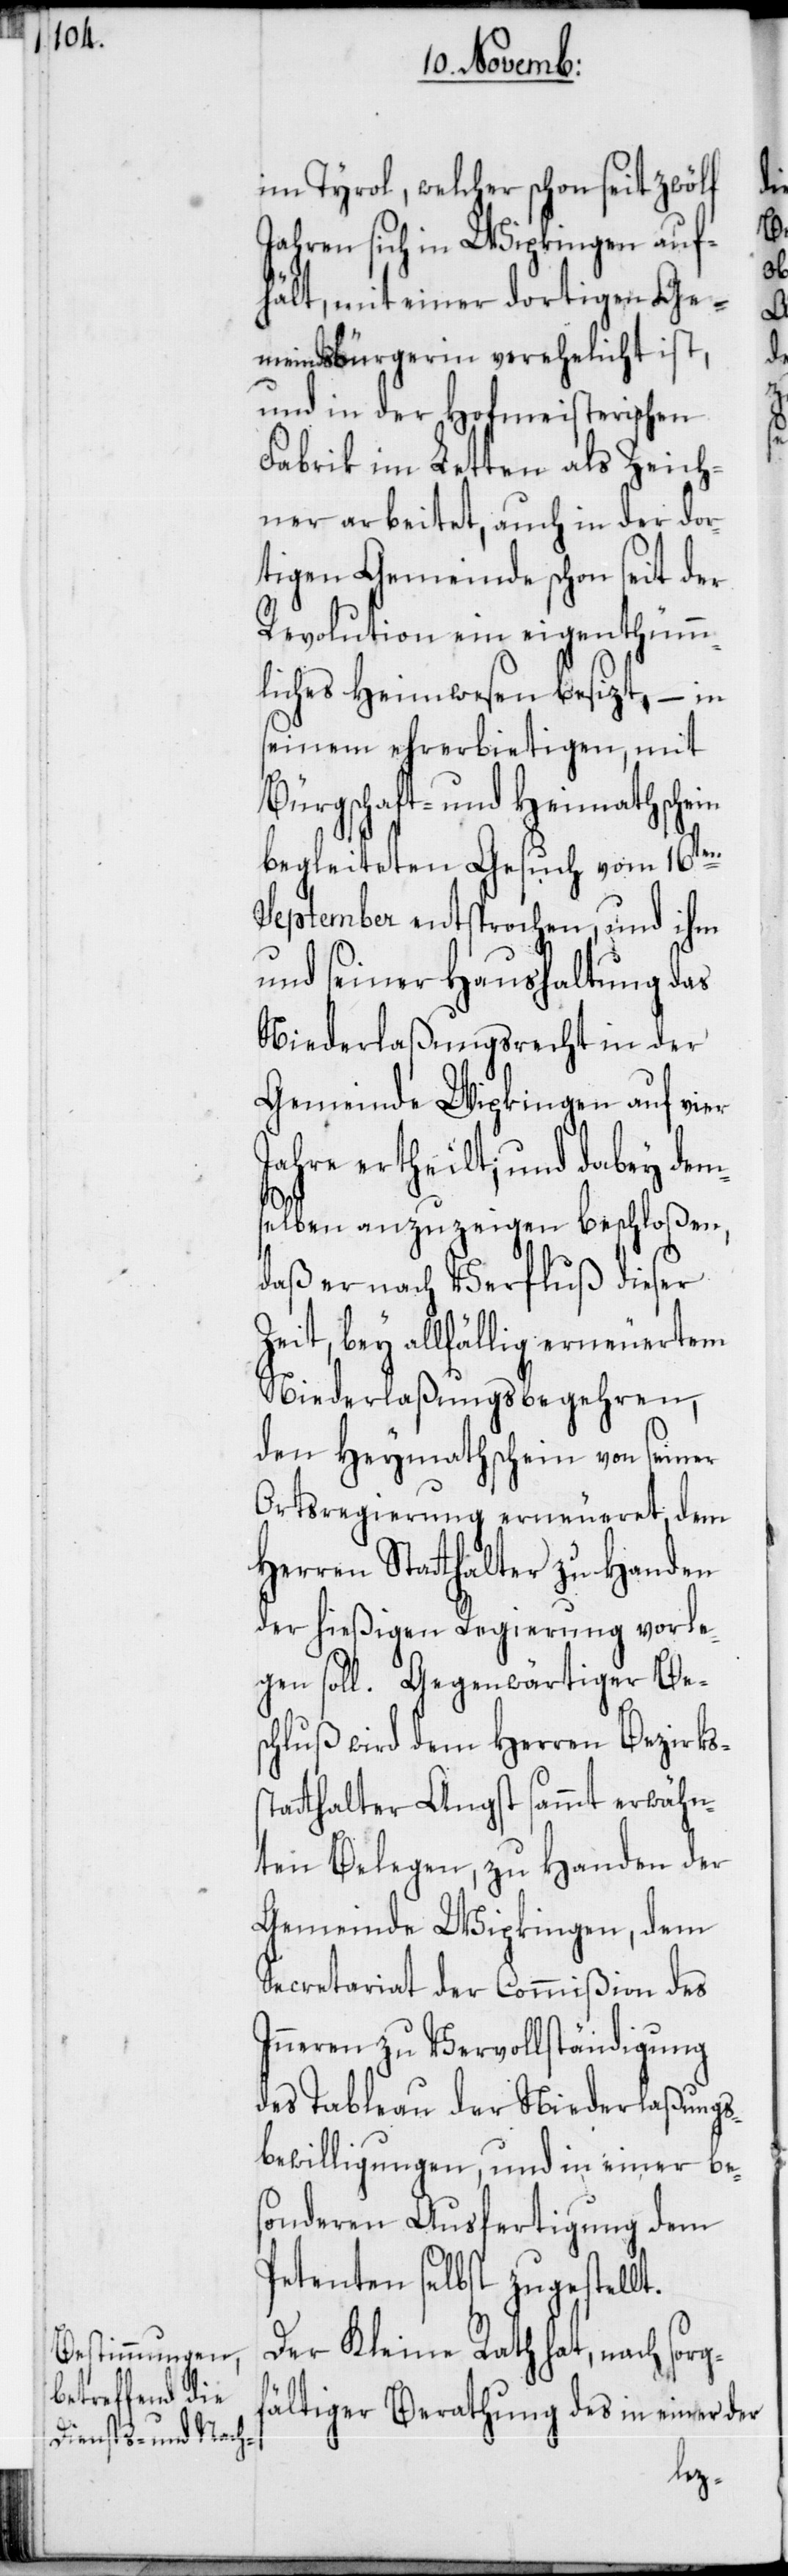
im Tyrol, welcher schon seit zwölf
Jahren sich in Wipkingen auf¬
hält, mit einer dortigen Ge¬
meindsbürgerin verehelicht ist,
und in der Hofmeisterischen
Fabrik im Letten als Zeich¬
ner arbeitet, auch in der dor¬
tigen Gemeinde schon seit der
Revolution ein eigentümm¬
liches Heimwesen besizt, – in
seinem ehrerbietigen, mit
Bürgschaft- und Heimathschein
begleiteten Gesuch vom 16ten
September entsprochen, und ihm
und seiner Haushaltung das
Niederlaßungsrecht in der
Gemeinde Wipkingen auf vier
Jahre ertheilt; und dabey de¬
mselben anzuzeigen beschloßen,
daß er nach Verfluß dieser
Zeit, bey allfällig erneuertem
Niederlaßungsbegehren,
den Heymathschein von seiner
Ortsregierung erneueret, dem
Herren Statthalter zu Handen
der hießigen Regierung vorle¬
gen soll. Gegenwärtiger Bes¬
chluß wird dem Herren Bezirks¬
tatthalter Angst sammt erwähn¬
ten Belegen, zu Handen der
Gemeinde Wipkingen, dem
Secretariat der Commißion des
Inneren zu Vervollständigung
des Tableau der Niederlaßungs¬
bewilligungen, und in einer be¬
sonderen Ausfertigung dem
Petenten selbst zugestellt.
Der Kleine Rath hat, nach sorg¬
fältiger Berathung des in einer der
s¬